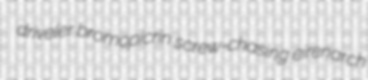
driveler bromopicrin screw-chasing eirenarch